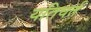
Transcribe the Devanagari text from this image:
यतिधर्त